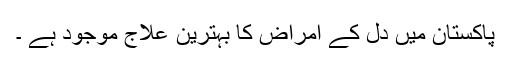
پاکستان میں دل کے امراض کا بہترین علاج موجود ہے ۔